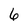
Character: 6